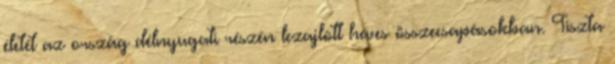
életét az ország délnyugati részén lezajlott heves összecsapásokban. Tiszta